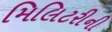
મિલિટરીની